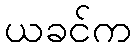
ယခင်က